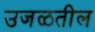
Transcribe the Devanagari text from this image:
उजळतील